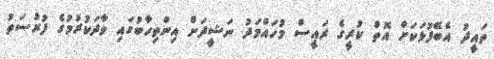
ތައީދު އެބޭފުޅަކަށް އޮތް ކުރީގެ ރައީސް މުހައްމަދު ނަޝީދަށް އިންތިހާބުގައި ވާދަކުރުމުގެ ފުރުސަތު